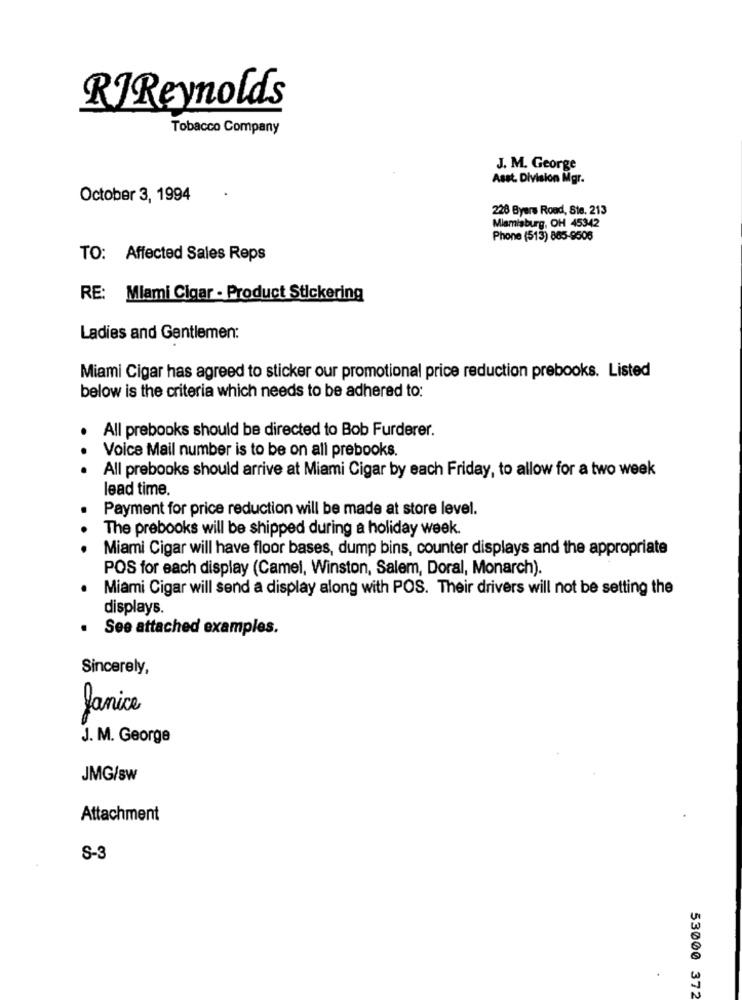
RIReynolds
Tobacco Company
J. M. George
Asst. Division Mgr.
October 3, 1994
226 Byers Road, Ste. 213
Miamisburg, OH 45342
Phone (513) 865-9506
TO: Affected Sales Reps
RE: Miami Cigar - Product Stickering
Ladies and Gentlemen:
Miami Cigar has agreed to sticker our promotional price reduction prebooks. Listed
below is the criteria which needs to be adhered to:
All prebooks should be directed to Bob Furderer.
..
Voice Mail number is to be on all prebooks.
All prebooks should arrive at Miami Cigar by each Friday, to allow for a two week
lead time.
Payment for price reduction will be made at store level.
.
The prebooks will be shipped during a holiday week.
Miami Cigar will have floor bases, dump bins, counter displays and the appropriate
POS for each display (Camel, Winston, Salem, Doral, Monarch).
Miami Cigar will send a display along with POS. Their drivers will not be setting the
displays.
. See attached examples.
Sincerely,
Janice
J. M. George
JMG/sw
Attachment
S-3
53000 372